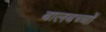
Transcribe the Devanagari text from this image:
बालबच्चों